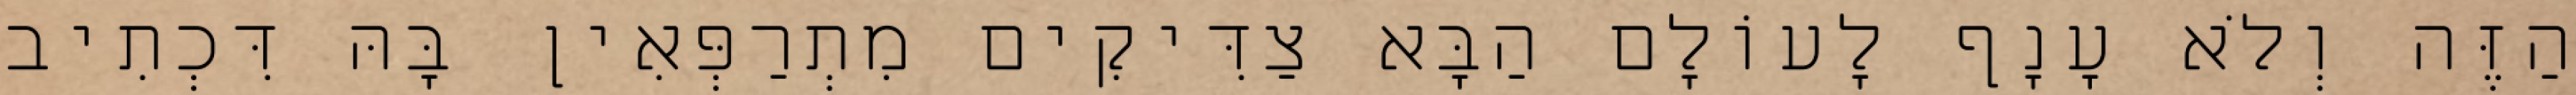
הַזֶּה וְלֹא עָנָף לָעוֹלָם הַבָּא צַדִּיקִים מִתְרַפְּאִין בָּהּ דִּכְתִיב